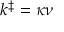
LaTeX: k ^ { \ddagger } = \kappa \nu